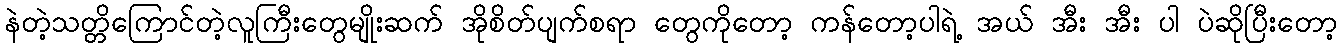
နဲတဲ့သတ္တိကြောင်တဲ့လူကြီးတွေမျိုးဆက် အိုစိတ်ပျက်စရာ တွေကိုတော့ ကန်တော့ပါရဲ့ အယ် အီး အီး ပါ ပဲဆိုပြီးတော့